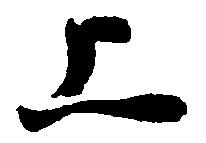
上